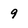
Character: 9